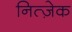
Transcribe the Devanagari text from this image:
नित्ज़ेक